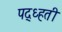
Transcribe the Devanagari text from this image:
पद्ध्हती